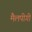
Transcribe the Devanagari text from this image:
मैलपीगी